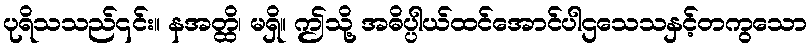
ပုရိသသည်၎င်း။ နအတ္ထိ၊ မရှိ။ ဤသို့ အဓိပ္ပါယ်ထင်အောင်ပါဌသေသနှင့်တကွသော